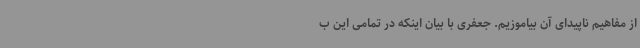
از مفاهیم ناپیدای آن بیاموزیم. جعفری با بیان اینکه در تمامی این ب